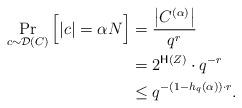
LaTeX: \begin{align*} \Pr_{c\sim \mathcal{D}(C)}\Big[|c| = \alpha N\Big] &=\frac{\left|C^{(\alpha)}\right|}{q^r} \\&=2^{\mathsf{H}(Z)}\cdot q^{-r}\\&\leq q^{-(1-h_q(\alpha))\cdot r }.\end{align*}